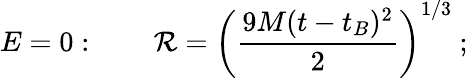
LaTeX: E=0:~~~~~~~~\mathcal{R}=\left({\frac{{9M(t-t_{B})^{2}}}{{2}}}\right)^{1/3}~;